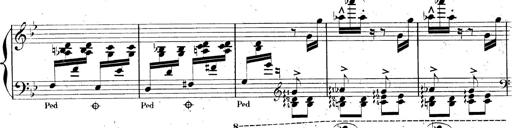
Title: AnnÃ©es de pÃ¨lerinage II, SupplÃ©ment
Composer: Franz Liszt